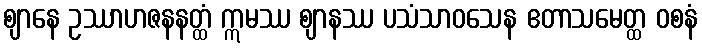
ဈာနေ ဥဿာဟဇနနတ္ထံ ဣမဿ ဈာနဿ ပသံသာဝသေန ဧတာသမေတ္ထ ဝစနံ